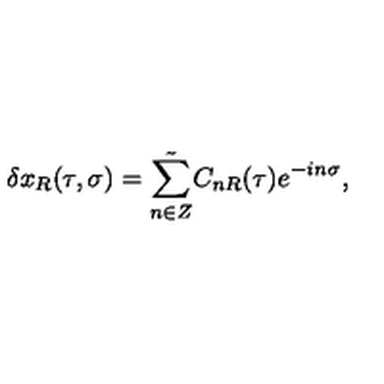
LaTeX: \delta x _ { R } ( \tau , \sigma ) = \tilde { \sum _ { n \in Z } } C _ { n R } ( \tau ) e ^ { - i n \sigma } ,